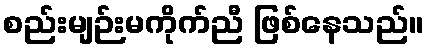
စည်းမျဉ်းမကိုက်ညီ ဖြစ်နေသည်။